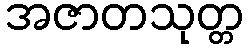
အဇာတသုတ္တ